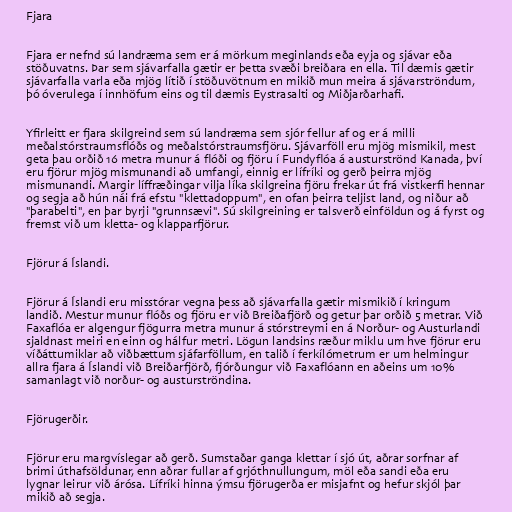
Fjara

Fjara er nefnd sú landræma sem er á mörkum meginlands eða eyja og sjávar eða
stöðuvatns. Þar sem sjávarfalla gætir er þetta svæði breiðara en ella. Til dæmis gætir
sjávarfalla varla eða mjög lítið í stöðuvötnum en mikið mun meira á sjávarströndum,
þó óverulega í innhöfum eins og til dæmis Eystrasalti og Miðjarðarhafi.

Yfirleitt er fjara skilgreind sem sú landræma sem sjór fellur af og er á milli
meðalstórstraumsflóðs og meðalstórstraumsfjöru. Sjávarföll eru mjög mismikil, mest
geta þau orðið 16 metra munur á flóði og fjöru í Fundyflóa á austurströnd Kanada, því
eru fjörur mjög mismunandi að umfangi, einnig er lífríki og gerð þeirra mjög
mismunandi. Margir líffræðingar vilja líka skilgreina fjöru frekar út frá vistkerfi hennar
og segja að hún nái frá efstu "klettadoppum", en ofan þeirra teljist land, og niður að
"þarabelti", en þar byrji "grunnsævi". Sú skilgreining er talsverð einföldun og á fyrst og
fremst við um kletta- og klapparfjörur.

Fjörur á Íslandi.

Fjörur á Íslandi eru misstórar vegna þess að sjávarfalla gætir mismikið í kringum
landið. Mestur munur flóðs og fjöru er við Breiðafjörð og getur þar orðið 5 metrar. Við
Faxaflóa er algengur fjögurra metra munur á stórstreymi en á Norður- og Austurlandi
sjaldnast meiri en einn og hálfur metri. Lögun landsins ræður miklu um hve fjörur eru
víðáttumiklar að viðbættum sjáfarföllum, en talið í ferkílómetrum er um helmingur
allra fjara á Íslandi við Breiðarfjörð, fjórðungur við Faxaflóann en aðeins um 10%
samanlagt við norður- og austurströndina.

Fjörugerðir.

Fjörur eru margvíslegar að gerð. Sumstaðar ganga klettar í sjó út, aðrar sorfnar af
brimi úthafsöldunar, enn aðrar fullar af grjóthnullungum, möl eða sandi eða eru
lygnar leirur við árósa. Lífríki hinna ýmsu fjörugerða er misjafnt og hefur skjól þar
mikið að segja.